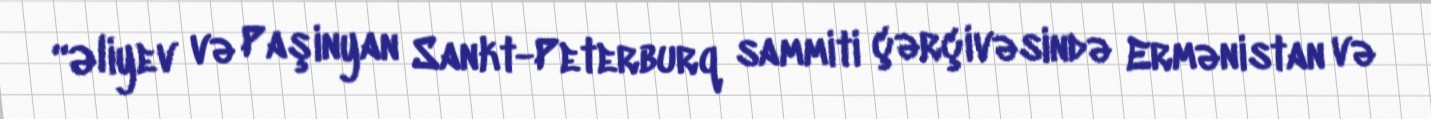
“Əliyev və Paşinyan Sankt-Peterburq sammiti çərçivəsində Ermənistan və